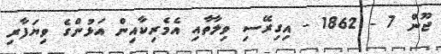
ޖޫން 7 - 1862 - އިގިރޭސި ވިލާތާއި އެމެރިކާއިން އަޅުންގެ ވިޔަފާރި